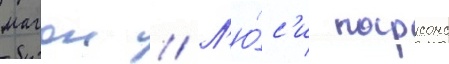
магон // Л'ю́с'и парсонс